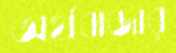
অর্থবাজার